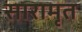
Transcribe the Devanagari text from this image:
सारामृत